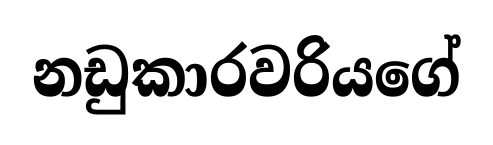
නඩුකාරවරියගේ